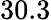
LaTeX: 30.3